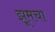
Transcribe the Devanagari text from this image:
झूमचा